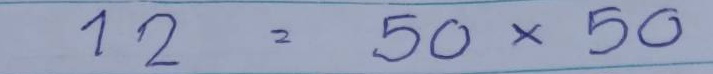
12 = 50 x 50